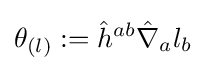
\displaystyle \theta _{(l)}:={\hat {h}}^{ab}{\hat {\nabla }}_{a}l_{b}